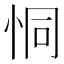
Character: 恫